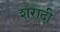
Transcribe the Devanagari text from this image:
शरादी